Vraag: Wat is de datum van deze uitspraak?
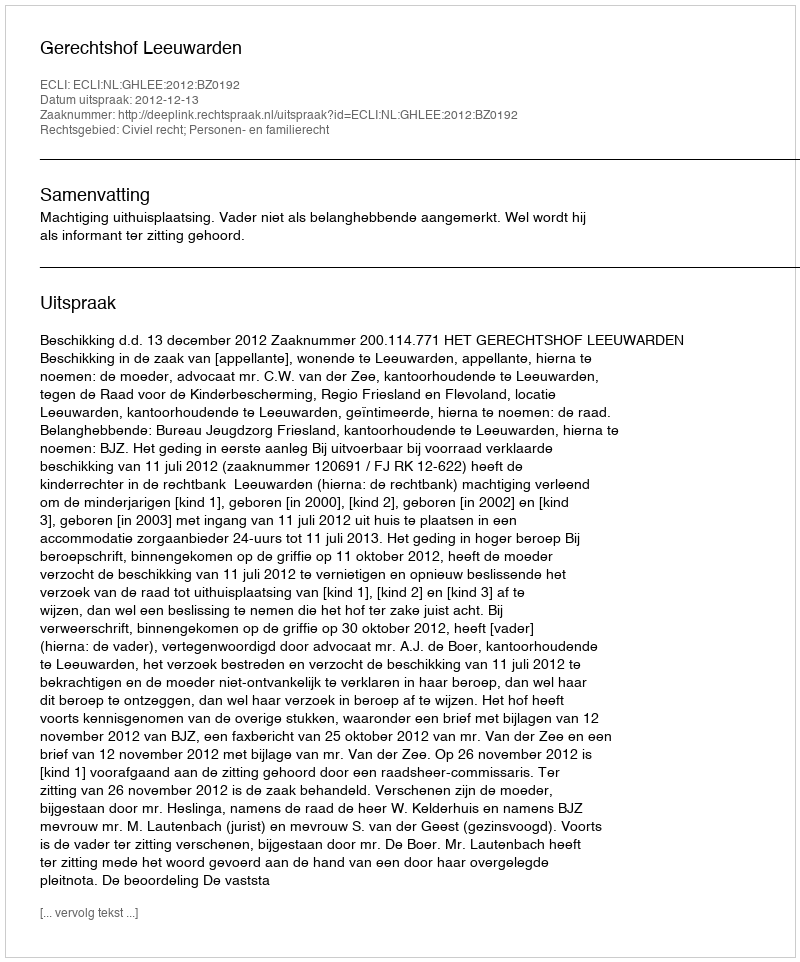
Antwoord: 2012-12-13